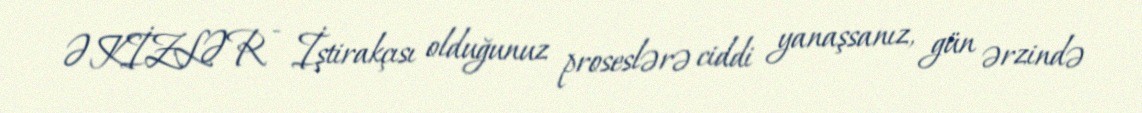
ƏKİZLƏR - İştirakçısı olduğunuz proseslərə ciddi yanaşsanız, gün ərzində